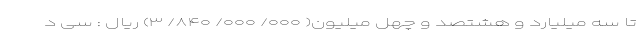
تا سه میلیارد و هشتصد و چهل میلیون( ۰۰۰/ ۰۰۰/ ۸۴۰/ ۳) ریال : سی د